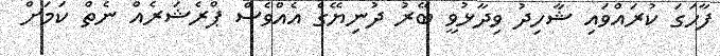
ފާހަގަ ކުރައްވައި ޝާހިދު ވިދާޅުވީ ބޭރު ދުނިޔޭގެ އެއްވެސް ޕްރެޝަރެއް ނެތް ކަމަށް